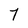
Character: 7